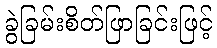
ခွဲခြမ်းစိတ်ဖြာခြင်းဖြင့်